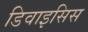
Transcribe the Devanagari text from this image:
डिवाइसिस